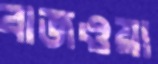
বাজওয়া